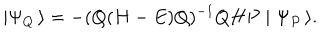
\mid \Psi _ { Q } \, \rangle = - ( Q ( H - E ) Q ) ^ { - 1 } Q H P \mid \Psi _ { P } \, \rangle .